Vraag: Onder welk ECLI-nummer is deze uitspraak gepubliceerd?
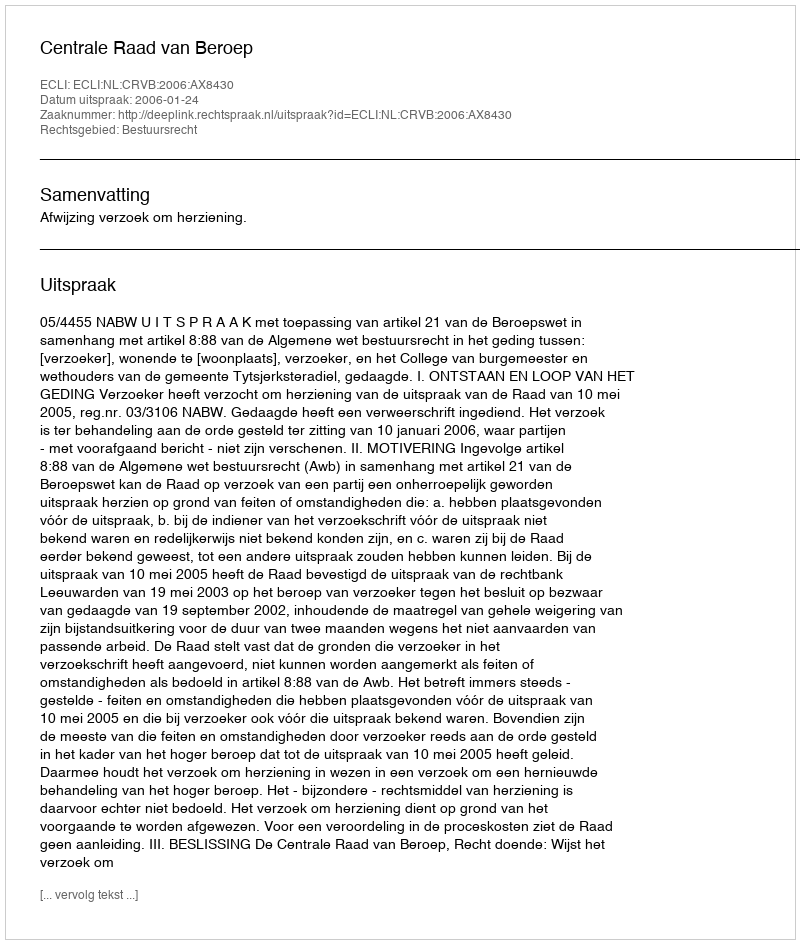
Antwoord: ECLI:NL:CRVB:2006:AX8430